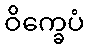
ဝိက္ခေပံ